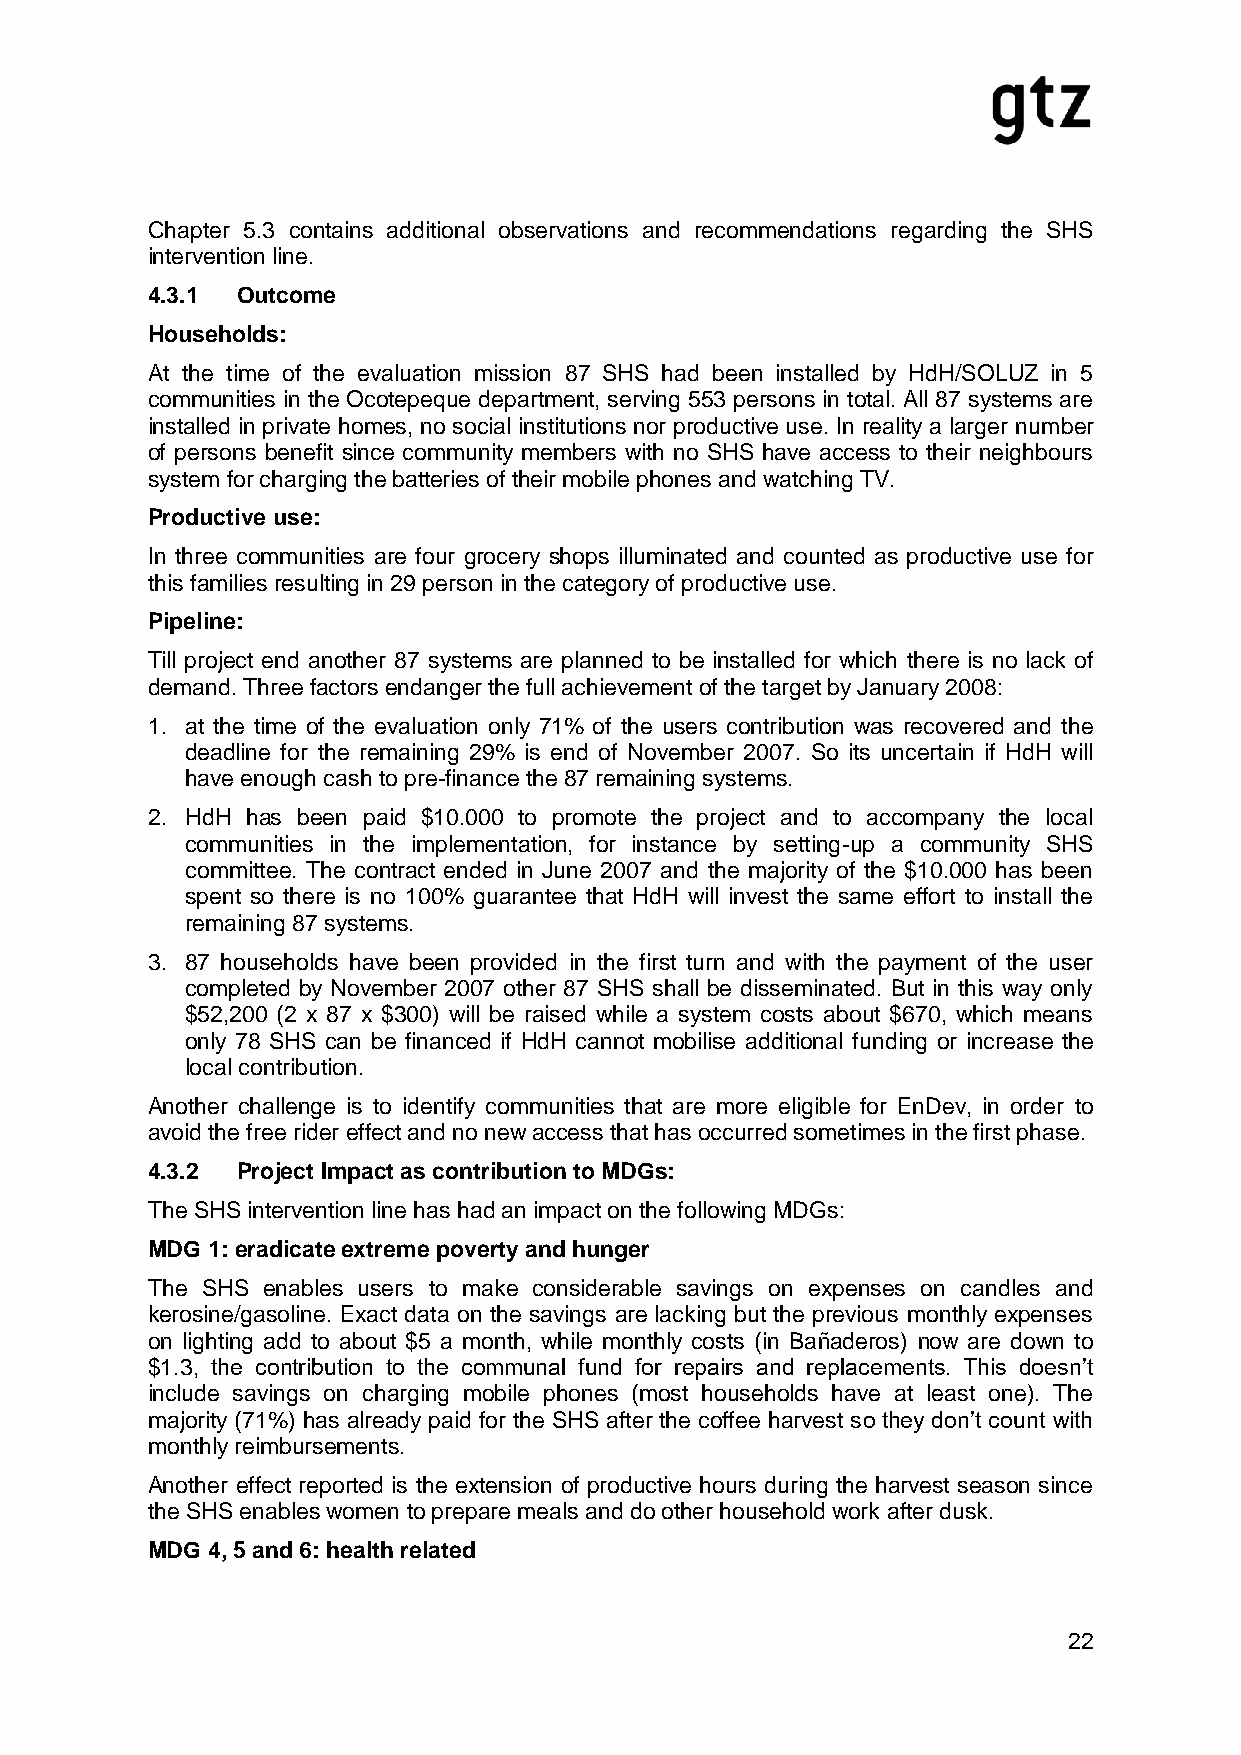
Chapter 5.3 contains additional observations and recommendations regarding the SHS
 intervention line.
 4.3.1 Outcome
 Households:
 At the time of the evaluation mission 87 SHS had been installed by HdH/SOLUZ in 5
 communities in the Ocotepeque department, serving 553 persons in total. All 87 systems are
 installed in private homes, no social institutions nor productive use. In reality a larger number
 of persons benefit since community members with no SHS have access to their neighbours
 system for charging the batteries of their mobile phones and watching TV.
 Productive use:
 In three communities are four grocery shops illuminated and counted as productive use for
 this families resulting in 29 person in the category of productive use.
 Pipeline:
 Till project end another 87 systems are planned to be installed for which there is no lack of
 demand. Three factors endanger the full achievement of the target by January 2008:
 1. at the time of the evaluation only 71% of the users contribution was recovered and the
 deadline for the remaining 29% is end of November 2007. So its uncertain if HdH will
 have enough cash to pre-finance the 87 remaining systems.
 2. HdH has been paid $10.000 to promote the project and to accompany the local
 communities in the implementation, for instance by setting-up a community SHS
 committee. The contract ended in June 2007 and the majority of the $10.000 has been
 spent so there is no 100% guarantee that HdH will invest the same effort to install the
 remaining 87 systems.
 3. 87 households have been provided in the first turn and with the payment of the user
 completed by November 2007 other 87 SHS shall be disseminated. But in this way only
 $52,200 (2 x 87 x $300) will be raised while a system costs about $670, which means
 only 78 SHS can be financed if HdH cannot mobilise additional funding or increase the
 local contribution.
 Another challenge is to identify communities that are more eligible for EnDev, in order to
 avoid the free rider effect and no new access that has occurred sometimes in the first phase.
 4.3.2 Project Impact as contribution to MDGs:
 The SHS intervention line has had an impact on the following MDGs:
 MDG 1: eradicate extreme poverty and hunger
 The SHS enables users to make considerable savings on expenses on candles and
 kerosine/gasoline. Exact data on the savings are lacking but the previous monthly expenses
 on lighting add to about $5 a month, while monthly costs (in Bañaderos) now are down to
 $1.3, the contribution to the communal fund for repairs and replacements. This doesn’t
 include savings on charging mobile phones (most households have at least one). The
 majority (71%) has already paid for the SHS after the coffee harvest so they don’t count with
 monthly reimbursements.
 Another effect reported is the extension of productive hours during the harvest season since
 the SHS enables women to prepare meals and do other household work after dusk.
 MDG 4, 5 and 6: health related
 22